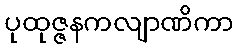
ပုထုဇ္ဇနကလျာဏိကာ